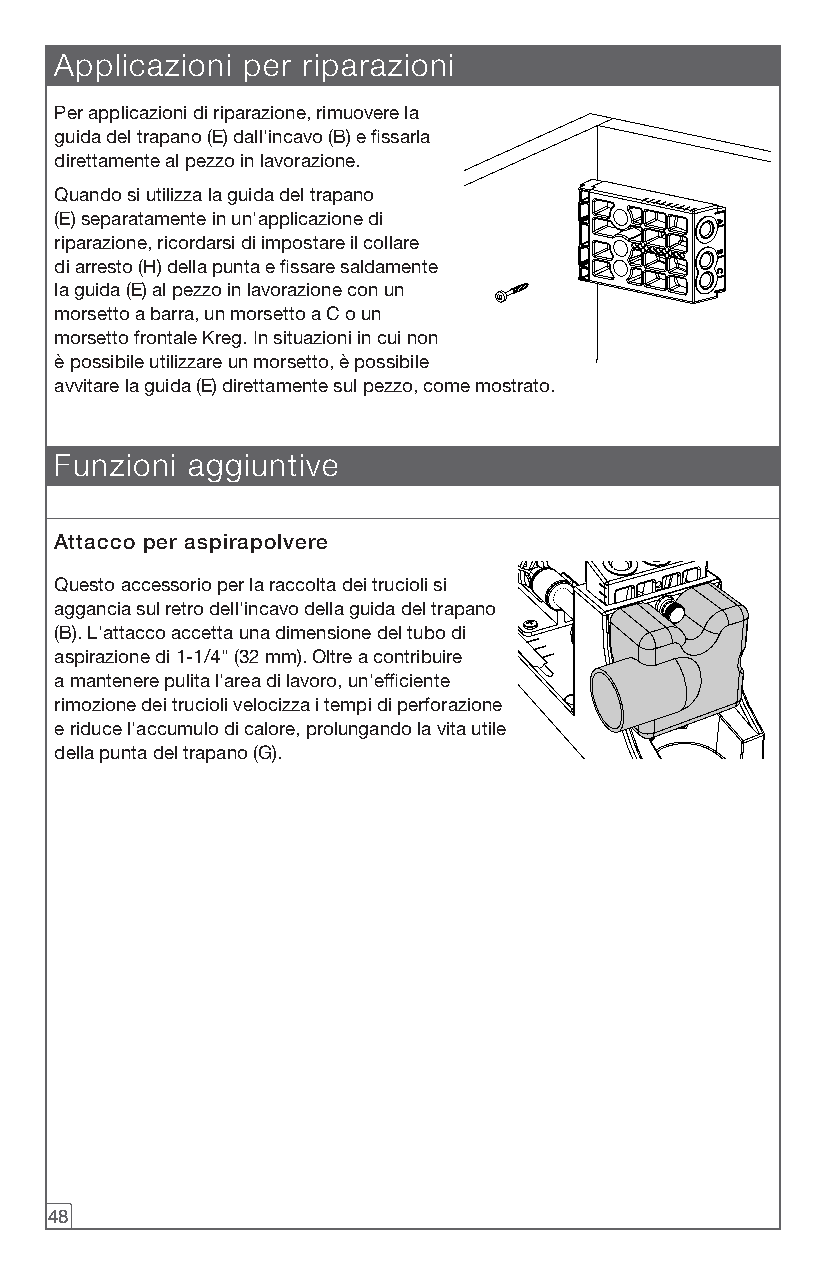
Applicazioni per riparazioni
 Per applicazioni di riparazione, rimuovere la
 guida del trapano (E) dall'incavo (B) e fissarla
 direttamente al pezzo in lavorazione.
 Quando si utilizza la guida del trapano
 (E) separatamente in un'applicazione di
 riparazione, ricordarsi di impostare il collare
 di arresto (H) della punta e fissare saldamente
 la guida (E) al pezzo in lavorazione con un
 morsetto a barra, un morsetto a C o un
 morsetto frontale Kreg. In situazioni in cui non
 è possibile utilizzare un morsetto, è possibile
 avvitare la guida (E) direttamente sul pezzo, come mostrato.
 Funzioni aggiuntive
 Attacco per aspirapolvere
 Questo accessorio per la raccolta dei trucioli si
 aggancia sul retro dell'incavo della guida del trapano
 (B). L'attacco accetta una dimensione del tubo di
 aspirazione di 1-1/4" (32 mm). Oltre a contribuire
 a mantenere pulita l'area di lavoro, un'efficiente
 rimozione dei trucioli velocizza i tempi di perforazione
 e riduce l'accumulo di calore, prolungando la vita utile
 della punta del trapano (G).
 48